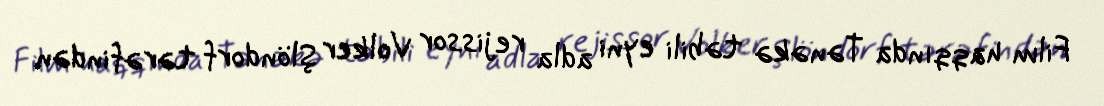
Film haqqında Tənəkə təbili eyni adla rejissor Volker Şlöndorf tərəfindən